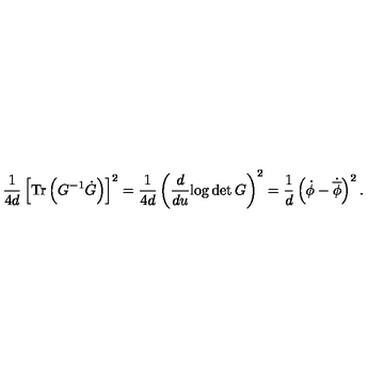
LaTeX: \frac { 1 } { 4 d } \left[ \mathrm { T r } \left( G ^ { - 1 } \dot { G } \right) \right] ^ { 2 } = \frac { 1 } { 4 d } \left( \frac { d } { d u } { \log \det G } \right) ^ { 2 } = \frac { 1 } { d } \left( \dot { \phi } - \dot { \overline { { \phi } } } \right) ^ { 2 } .